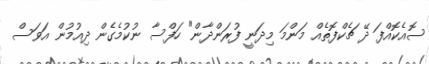
ސޮއެކޮއްފަ ދޭ ޗެކްފޮތެއް މަންމަ މިދަނީ ފުރަންދާން" ހަފްސާ ނުކުމެގެން ދިއުމުން އަވަސް